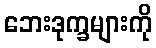
ဘေးဒုက္ခများကို